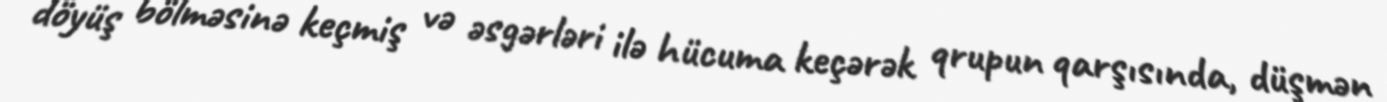
döyüş bölməsinə keçmiş və əsgərləri ilə hücuma keçərək qrupun qarşısında, düşmən